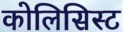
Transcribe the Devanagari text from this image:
कोलिसिस्ट